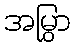
အမြွှာ